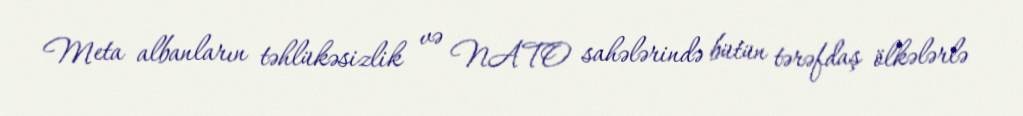
Meta albanların təhlükəsizlik və NATO sahələrində bütün tərəfdaş ölkələrlə